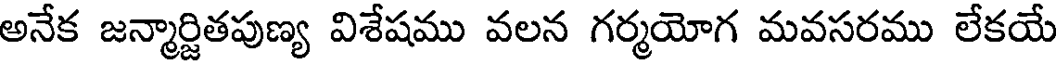
అనేక జన్మార్జితపుణ్య విశేషము వలన గర్మయోగ మవసరము లేకయే